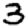
Digit: 3